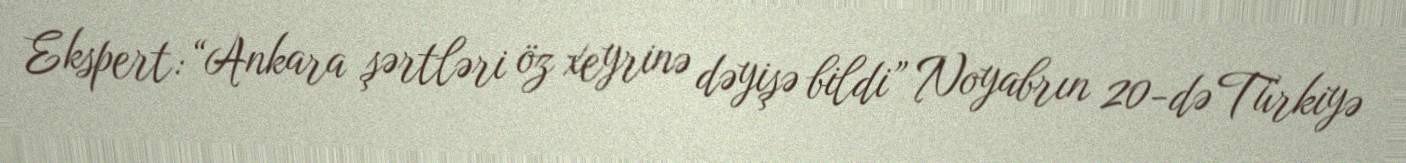
Ekspert: “Ankara şərtləri öz xeyrinə dəyişə bildi” Noyabrın 20-də Türkiyə